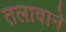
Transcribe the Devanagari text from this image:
तलावाने